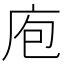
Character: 庖